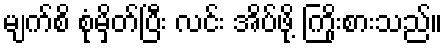
မျက်စိ စုံမှိတ်ပြီး လင်း အိပ်ဖို့ ကြိုးစားသည်။